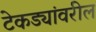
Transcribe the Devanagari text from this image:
टेकड्यांवरील